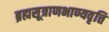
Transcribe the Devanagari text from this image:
ब्रह्मसूत्राणभाण्यवृत्ति